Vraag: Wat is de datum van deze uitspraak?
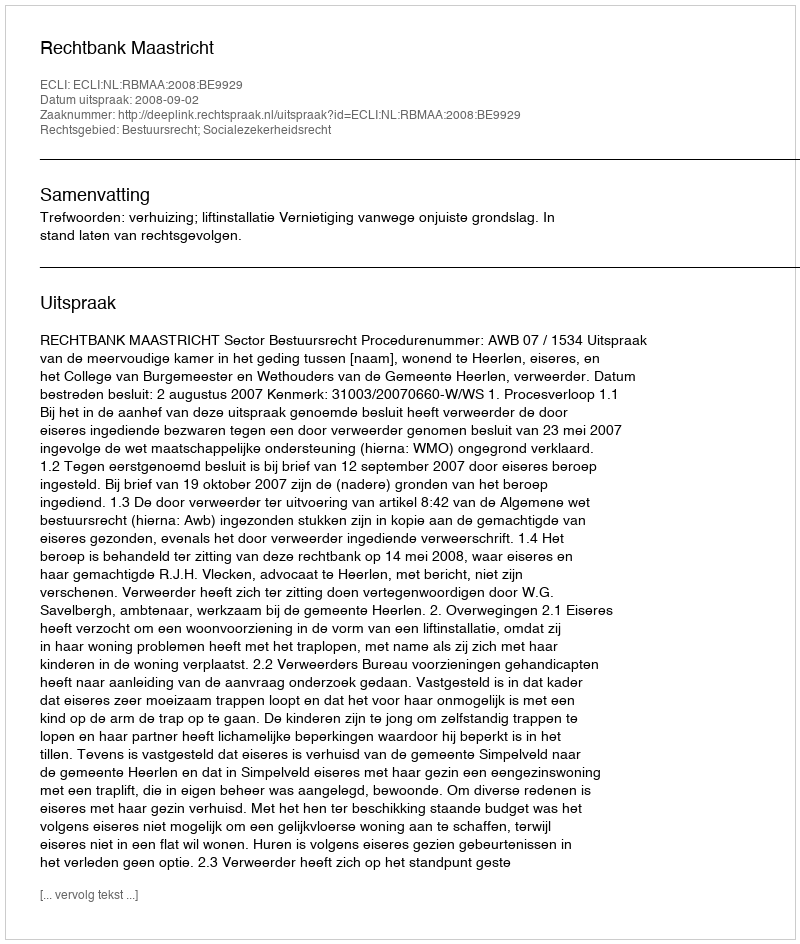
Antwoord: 2008-09-02